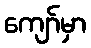
ကျော်မှာ